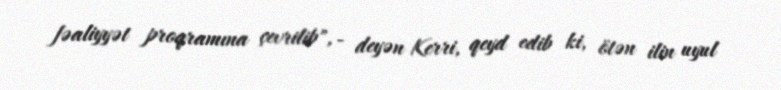
fəaliyyət proqramına çevrilib", - deyən Kerri, qeyd edib ki, ötən ilin uyul